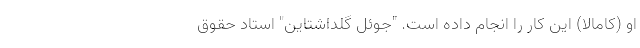
او (کامالا) این کار را انجام داده است. "جوئل گلد‌اشتاین" استاد حقوق